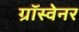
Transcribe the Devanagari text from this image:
ग्रॉस्वेनर